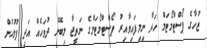
ޒުހާގެ ޕޯސްޓްމޯޓަމް ހަދާ ނިމިފައިވާއިރު ޕޯސްޓްމޯޓަމްގެ ނަތީޖާ ލިބޭނެ ދުވަހެއް އަދި ފުލުހުން